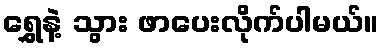
ရွှေနဲ့ သွား ဖာပေးလိုက်ပါမယ်။